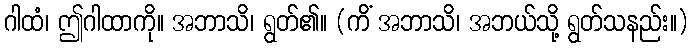
ဂါထံ၊ ဤဂါထာကို။ အဘာသိ၊ ရွတ်၏။ (ကိံ အဘာသိ၊ အဘယ်သို့ ရွတ်သနည်း။)